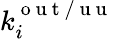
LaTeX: k_{i}^{\mathrm{~o~u~t~/~u~u~}}